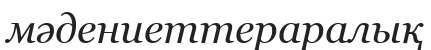
мәдениеттераралық